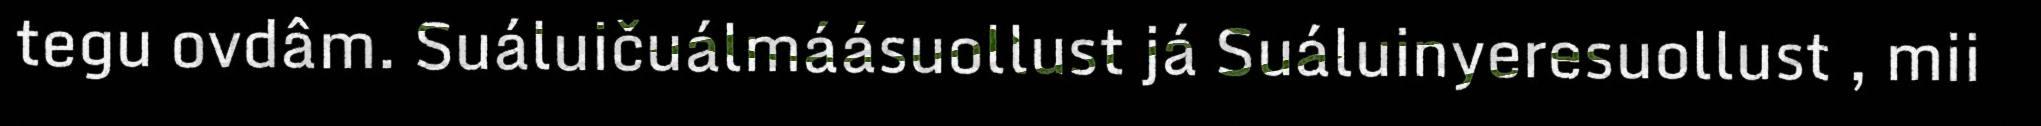
tegu ovdâm. Suáluičuálmáásuollust já Suáluinyeresuollust , mii